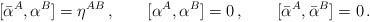
\begin{align*}[\bar{\alpha}^A,\alpha^B]=\eta^{AB}\,,\qquad[\alpha^A,\alpha^B]=0\,,\qquad[\bar{\alpha}^A,\bar{\alpha}^B]=0\,.\end{align*}